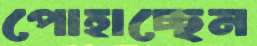
পোহাচ্ছেন